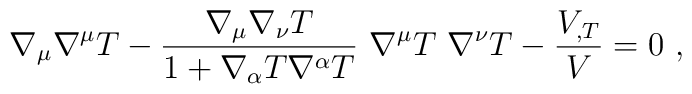
\nabla_\mu\nabla^\mu T - \frac{\nabla_\mu \nabla_\nu T} {1 + \nabla_\alpha T \nabla^\alpha T} \,\, \nabla^\mu T \,\, \nabla^\nu T - \frac{V_{,T}}{V}=0 \ ,